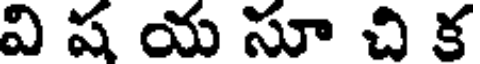
వి ష య సూ చి క